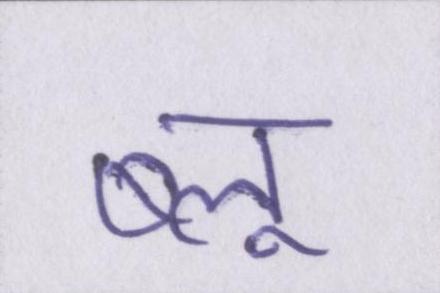
ब्लू